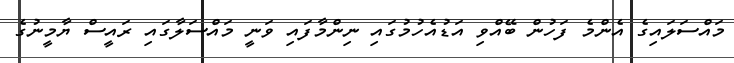
މައްސަލައިގެ އެންމެ ފަހުން ބޭއްވި އަޑުއެހުމުގައި ނިންމާފައި ވަނީ މައްސަލާގައި ރައީސް ޔާމީނުގެ